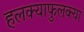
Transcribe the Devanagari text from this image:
हलक्याफुलक्या